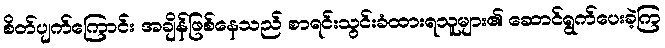
စိတ်ပျက်ကြောင်း အချိန်ဖြစ်နေသည် စာရင်းသွင်းခံထားရသူများ၏ ဆောင်ရွက်ပေးခဲ့ကြ